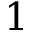
1